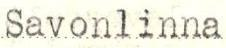
Savonlinna